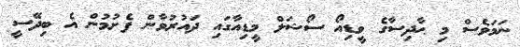
ނަމަވެސް މި ޙާދިސާގެ ވީޑިއޯ ސޯޝަލް މީޑިއާގައި ދައުރުވާން ފެށުމުން އެ ބިދޭސީ